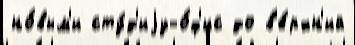
но́вым'и сту́д'иjу-о́ф'ис до в'е́рхн'ий